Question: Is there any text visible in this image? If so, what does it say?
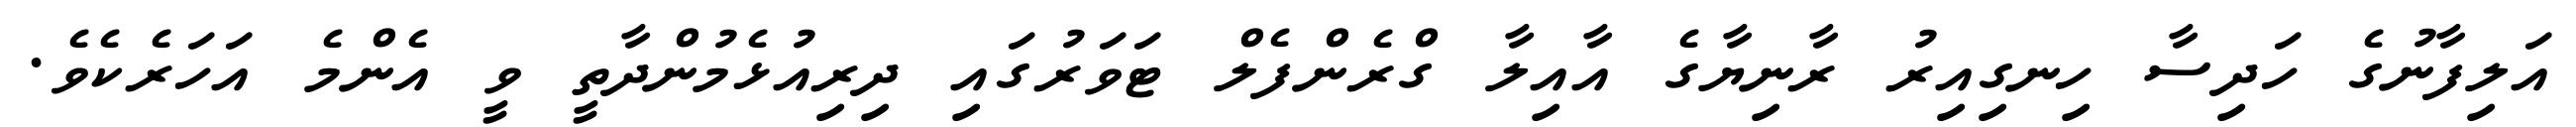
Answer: އަލިފާނުގެ ހަދިސާ ހިނގިއިރު ރާނިޔާގެ އާއިލާ ގްރެންފެލް ޓަވަރުގައި ދިރިއުޅެމުންދާތީ ވީ އެންމެ އަހަރެކެވެ.